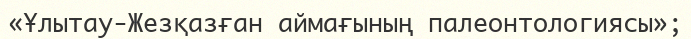
«Ұлытау-Жезқазған аймағының палеонтологиясы»;